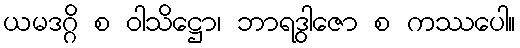
ယမဒဂ္ဂိ စ ဝါသိဋ္ဌော၊ ဘာရဒွါဇော စ ကဿပေါ။